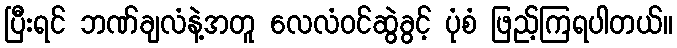
ပြီးရင် ဘဏ်ချလံနဲ့အတူ လေလံဝင်ဆွဲခွင့် ပုံစံ ဖြည့်ကြရပါတယ်။